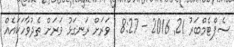
ސެޕްޓެމްބަރު 21